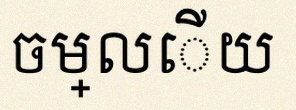
ចម្លើយ